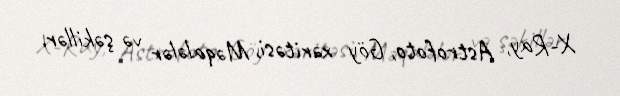
X-Ray, Astrofoto, Göy xəritəsi, Məqalələr və şəkillər.